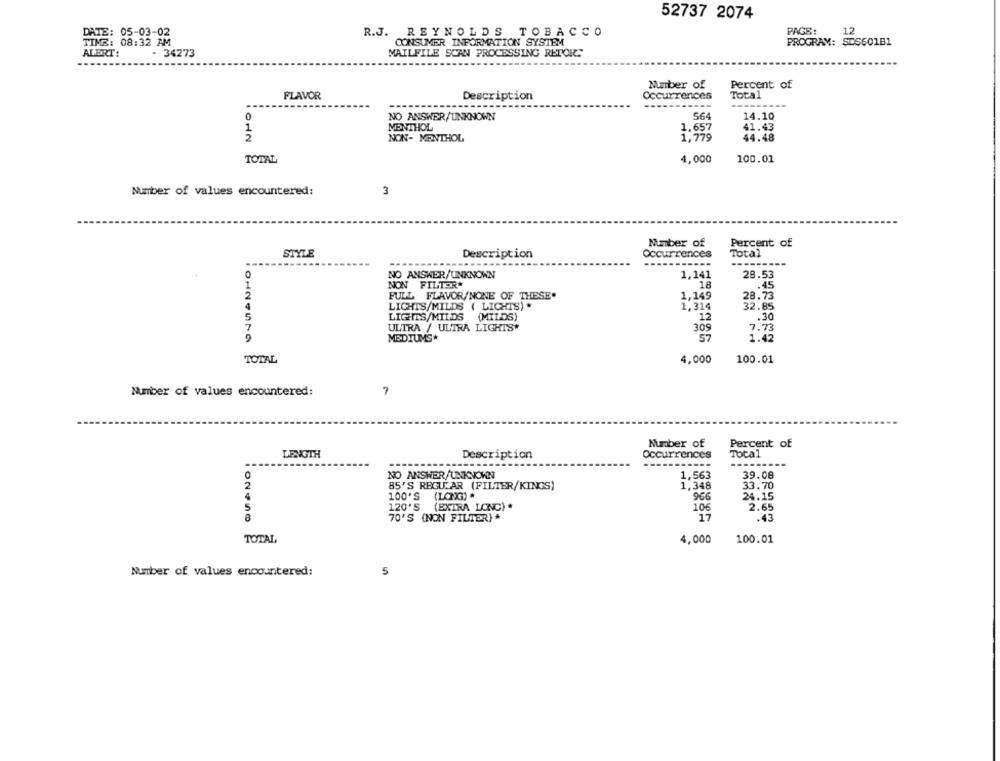
52737 2074
PAGE:
DATE: 05-03-02
R.J. REYNOLDS TOBACCO
12
TIME: 08:32 AM
CONSUMER INFORMATION SYSTEM
PROGRAM: SDS601B1
ALERT:
- 34273
MAILFILE SCAN PROCESSING RETOR:
Mmber of
Percent of
FLAVOR
Description
Occurrences
Total
564
14.10
NO ANSWER/UNKNOWN
MENTHOL
1,657
41.43
012
NON- MENTHOL
1,779
44.48
TOTAL
4,000
100.01
3
Number of values encountered:
Mumber of
Percent of
STYLE
Description
Occurrences
Total
------
NO ANSWER/UNKNOWN
1,141
28.53
NON FILTER
18
.45
FULL FLAVOR/NONE OF THESE"
1,149
28.73
1,314
LIGHTS/MILDS ( LIGHTS) .
32.85
LIGHTS/MILDS (MILDS)
12
.30
7
ULTRA / ULTRA LIGHTS"
309
7.73
MEDIUMS*
57
1.42
TOTAL
4,000
100.01
Number of values encountered:
7
Number of
Percent of
LENGTH
Description
Occurrences
Total
----
NO ANSWER/UNKNOWN
1,563
39.08
2
85'S REGULAR (FILTER/KINGS)
1,348
33.70
100'S
(LONG) .
966
24.15
5
120'S
(EXTRA LOINC) *
106
2.65
102450
70'S (NON FILTER)*
17
.43
TOTAL
4,000
100.01
5
Number of values encountered: